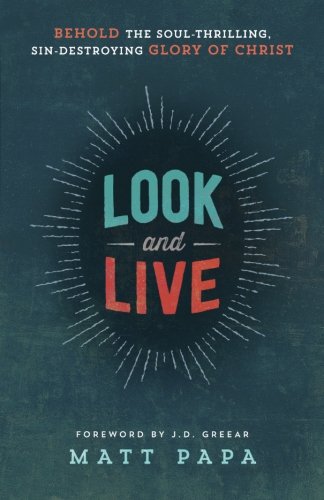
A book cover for Look and Live: Behold the Soul-Thrilling, Sin-Destroying Glory of Christ; Matt Papa; Christian Books & Bibles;